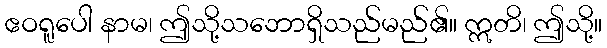
ဧဝရူပေါ နာမ၊ ဤသို့သဘောရှိသည်မည်၏။ ဣတိ၊ ဤသို့။